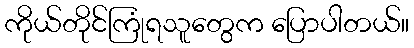
ကိုယ်တိုင်ကြုံရသူတွေက ပြောပါတယ်။